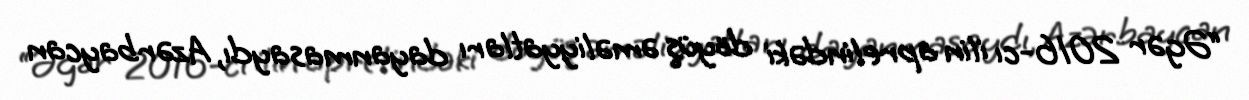
“Əgər 2016-cı ilin aprelindəki döyüş əməliyyatları dayanmasaydı, Azərbaycan